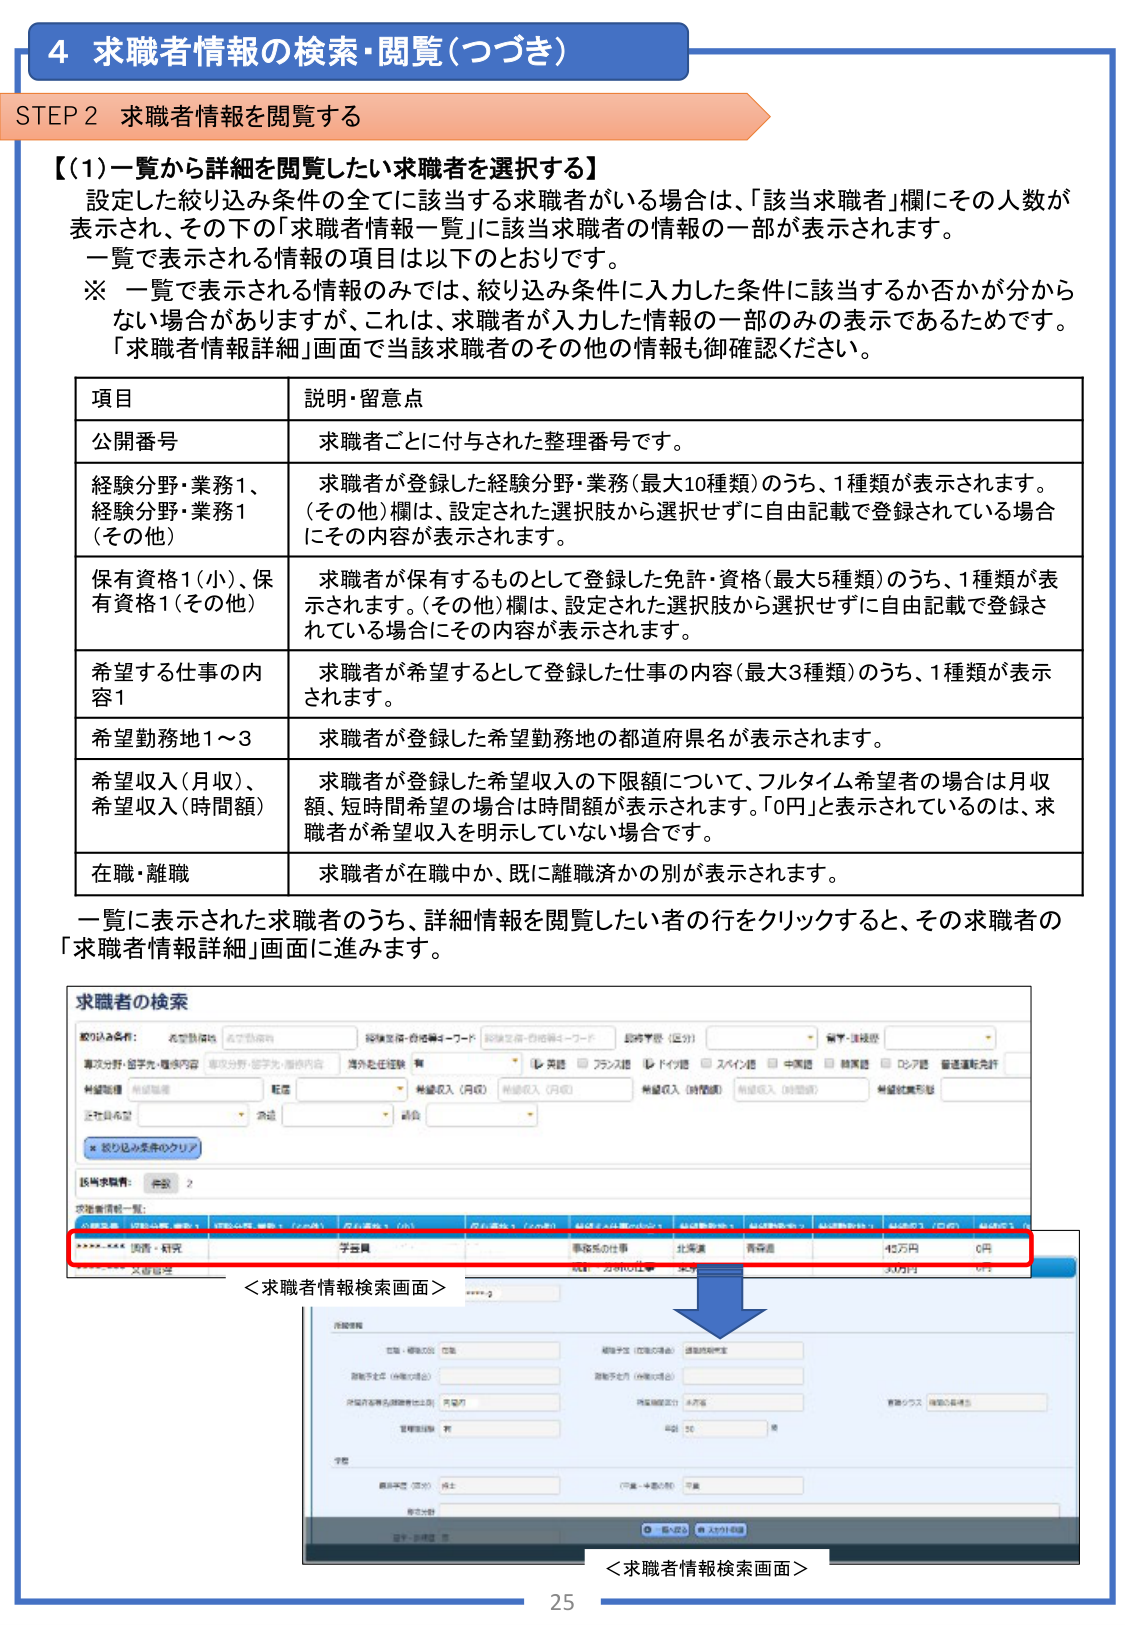
4 求職者情報の検索・閲覧（つづき）

STEP 2 求職者情報を閲覧する

【(1)一覧から詳細を閲覧したい求職者を選択する】
設定した絞り込み条件の全てに該当する求職者がいる場合は、「該当求職者」欄にその人数が表示され、その下の「求職者情報一覧」に該当求職者の情報の一部が表示されます。
一覧で表示される情報の項目は以下のとおりです。
※ 一覧で表示される情報のみでは、絞り込み条件に入力した条件に該当するか否かが分からない場合がありますが、これは、求職者が入力した情報の一部のみの表示であるためです。「求職者情報詳細」画面で当該求職者のその他の情報も御確認ください。

項目 説明・留意点
公開番号 求職者ごとに付与された整理番号です。
経験分野・業務1、経験分野・業務1（その他） 求職者が登録した経験分野・業務（最大10種類）のうち、1種類が表示されます。（その他）欄は、設定された選択肢から選択せずに自由記載で登録されている場合にその内容が表示されます。
保有資格1（小）、保有資格1（その他） 求職者が保有するものとして登録した免許・資格（最大5種類）のうち、1種類が表示されます。（その他）欄は、設定された選択肢から選択せずに自由記載で登録されている場合にその内容が表示されます。
希望する仕事の内容1 求職者が希望するとして登録した仕事の内容（最大3種類）のうち、1種類が表示されます。
希望勤務地1～3 求職者が登録した希望勤務地の都道府県名が表示されます。
希望収入（月収）、希望収入（時間額） 求職者が登録した希望収入の下限額について、フルタイム希望者の場合は月収額、短時間希望の場合は時間額が表示されます。「0円」と表示されているのは、求職者が希望収入を明示していない場合です。
在職・離職 求職者が在職中か、既に離職済かの別が表示されます。

一覧に表示された求職者のうち、詳細情報を閲覧したい者の行をクリックすると、その求職者の「求職者情報詳細」画面に進みます。

求職者の検索
絞り込み条件： 希望勤務地 希望職種 経験分野・経験内容 経験分野・経験内容 キーワード 経験分野・経験内容 キーワード 該当年数（区分） 留学・進学歴
専門分野・留学・進学内容 専門分野・留学・進学内容 海外赴任経験 有 レ 英語 フランス語 ドイツ語 スペイン語 中華語 韓国語 ロシア語 普通運転免許
希望職種 所属組織 職歴 希望収入（月収） 希望収入（月収） 希望収入（時間額） 希望収入（時間額） 希望就業形態
性別希望 年齢 職歴
絞り込み条件のクリア
該当求職者： 件数 2
求職者情報一覧：
****** 医療・研究 子会員 事務系の仕事 北海道 青森県 45万円 0円
****** 文教職員 30万円 0円

＜求職者情報検索画面＞
＜求職者情報検索画面＞

25